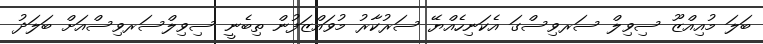
ބަލަ މުއިއްޒޫ ސިވިލް ސަރވިސްގަ އެކަނިހެއްޔޭ ސަރުކާރު މުވައްޒަފުން ތިބެނީ ސިވިލްސަރވިސްއަށް ބަލަދު